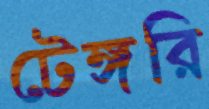
টেঙ্গরি